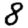
Digit: 8